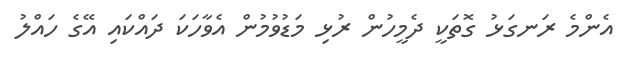
އެންމެ ރަނގަޅު ގޮތަކީ ދެމީހުން ރުޅި މަޑުވުމުން އެވާހަކަ ދައްކައި އޭގެ ހައްލު